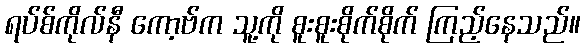
ရပ်စ်ကိုလ်နီ ကော့ဗ်က သူ့ကို စူးစူးစိုက်စိုက် ကြည့်နေသည်။